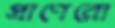
প্রাণেরো